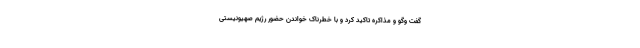
گفت وگو و مذاکره تاکید کرد و با خطرناک خواندن حضور رژیم صهیونیستی